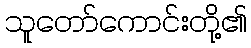
သူတော်ကောင်းတို့၏